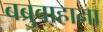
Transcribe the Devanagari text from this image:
बब्रुवाहाना